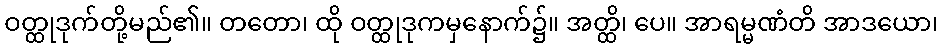
ဝတ္ထုဒုက်တို့မည်၏။ တတော၊ ထို ဝတ္ထုဒုကမှနောက်၌။ အတ္ထိ၊ ပေ။ အာရမ္မဏံတိ အာဒယော၊